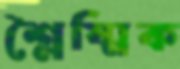
শ্লৈষ্মিক